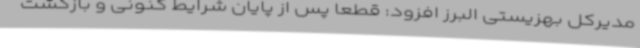
مدیرکل بهزیستی البرز افزود: قطعا پس از پایان شرایط کنونی و بازگشت